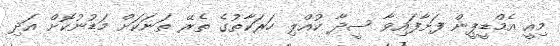
މިއީ އެމްޑީޕީން ފަށާފައިވާ ސީދާ ކުއްލި ހަރަކާތުގެ ތެރޭ ތަނަކަށް މަޑުނުކޮށް އަދި